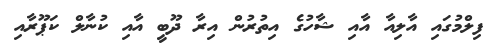
ފިލްމުގައި އާލިއާ އާއި ޝާހުގެ އިތުރުން އިރާ ދޫބީ އާއި ކުނާލް ކަޕޫރާއި